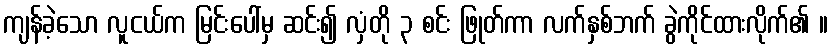
ကျန်ခဲ့သော လူငယ်က မြင်းပေါ်မှ ဆင်း၍ လှံတို ၃ စင်း ဖြုတ်ကာ လက်နှစ်ဘက် ခွဲကိုင်ထားလိုက်၏ ။